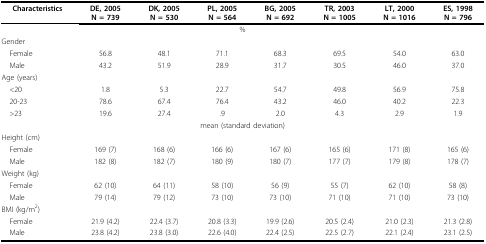
| Characteristics | DE, 2005N = 739 | DK, 2005N = 530 | PL, 2005N = 564 | BG, 2005N = 692 | TR, 2003N = 1005 | LT, 2000N = 1016 | ES, 1998N = 796 |
 | <COLSPAN=8> % |
 | --- | --- | --- | --- | --- | --- | --- | --- |
 | Gender |  |  |  |  |  |  |  |
 | Female | 56.8 | 48.1 | 71.1 | 68.3 | 69.5 | 54.0 | 63.0 |
 | Male | 43.2 | 51.9 | 28.9 | 31.7 | 30.5 | 46.0 | 37.0 |
 | Age (years) |  |  |  |  |  |  |  |
 | <20 | 1.8 | 5.3 | 22.7 | 54.7 | 49.8 | 56.9 | 75.8 |
 | 20-23 | 78.6 | 67.4 | 76.4 | 43.2 | 46.0 | 40.2 | 22.3 |
 | >23 | 19.6 | 27.4 | .9 | 2.0 | 4.3 | 2.9 | 1.9 |
 | <COLSPAN=8> mean (standard deviation) |
 | Height (cm) |  |  |  |  |  |  |  |
 | Female | 169 (7) | 168 (6) | 166 (6) | 167 (6) | 165 (6) | 171 (8) | 165 (6) |
 | Male | 182 (8) | 182 (7) | 180 (9) | 180 (7) | 177 (7) | 179 (8) | 178 (7) |
 | Weight (kg) |  |  |  |  |  |  |  |
 | Female | 62 (10) | 64 (11) | 58 (10) | 56 (9) | 55 (7) | 62 (10) | 58 (8) |
 | Male | 79 (14) | 79 (12) | 73 (10) | 73 (10) | 71 (10) | 71 (10) | 73 (10) |
 | BMI (kg/m2) |  |  |  |  |  |  |  |
 | Female | 21.9 (4.2) | 22.4 (3.7) | 20.8 (3.3) | 19.9 (2.6) | 20.5 (2.4) | 21.0 (2.3) | 21.3 (2.8) |
 | Male | 23.8 (4.2) | 23.8 (3.0) | 22.6 (4.0) | 22.4 (2.5) | 22.5 (2.7) | 22.1 (2.4) | 23.1 (2.5) |